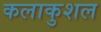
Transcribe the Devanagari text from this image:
कलाकुशल